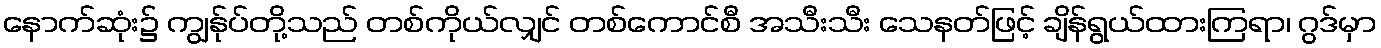
နောက်ဆုံး၌ ကျွန်ုပ်တို့သည် တစ်ကိုယ်လျှင် တစ်ကောင်စီ အသီးသီး သေနတ်ဖြင့် ချိန်ရွယ်ထားကြရာ၊ ဂွဒ်မှာ